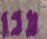
עכו